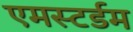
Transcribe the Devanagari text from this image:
एमस्टर्डम